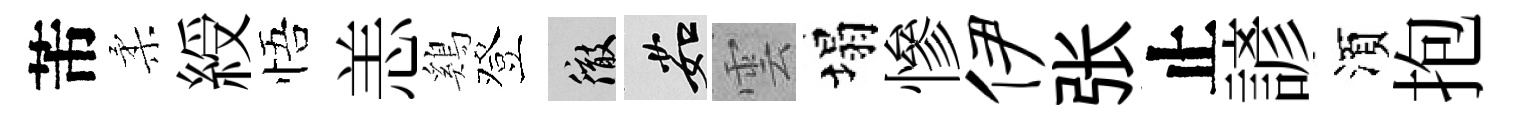
芾柔綬悟恙鷄登徹茹雲塌慘伊张止諺湏抱